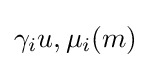
\gamma _{i}u,\mu _{i}(m)